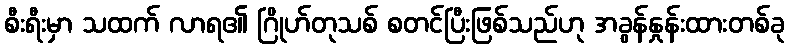
စီးရီးမှာ သထက် လာရ၏ ဂြိုဟ်တုသစ် စတင်ပြီးဖြစ်သည်ဟု အခွန်နှုန်းထားတစ်ခု